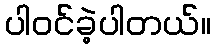
ပါဝင်ခဲ့ပါတယ်။